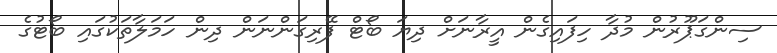
ސިންގަޕޫރުން މުދާ ހިފައިގެން އީރާނަށް ދިޔަ ބޯޓް ފޭރިގަންނަން ދިން ހަމަލާތަކުގައި ބޯޓުގެ